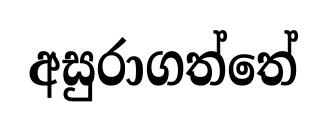
අසුරාගත්තේ